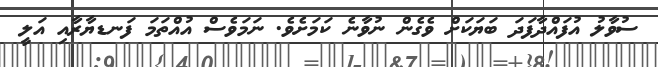
ސުވާލު އުފައްދާފަދަ ބަޔަކަށް ވެގެން ނުވާނެ ކަމަށެވެ. ނަމަވެސް އުއްތަމަ ފަނޑޔާރާއި އަލީ